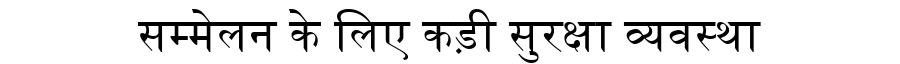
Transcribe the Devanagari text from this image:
सम्मेलन के लिए कड़ी सुरक्षा व्यवस्था